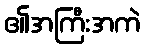
၏အကြီးအကဲ